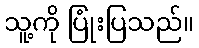
သူ့ကို ပြုံးပြသည်။